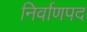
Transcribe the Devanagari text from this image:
निर्वाणपद